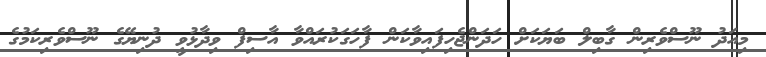
މިއަދު ނޫސްވެެރިން ގާބިލް ބަޔަކަށް ހަދަންޖެހިފައިވާކަން ފާހަގަކުރައްވާ އާސިފް ވިދާޅުވީ ދުނިޔޭގެ ނޫސްވެރިކަމުގެ